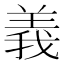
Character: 義